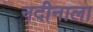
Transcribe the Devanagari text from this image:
नदीनाला